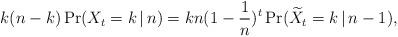
LaTeX: \begin{align*}{k(n-k)\Pr(X_t = k \,\vert\, n) = k n (1 - \frac{1}{n})^t \Pr(\widetilde{X}_t = k \,\vert\, n-1)},\end{align*}